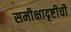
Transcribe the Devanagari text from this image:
समीक्षादृष्टीची